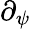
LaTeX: \partial_{\psi}